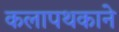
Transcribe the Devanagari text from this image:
कलापथकाने